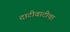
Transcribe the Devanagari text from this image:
दाटीवाटीचा